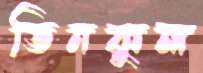
তিনকুল